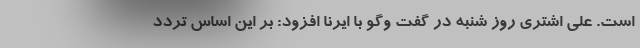
است. علی اشتری روز شنبه در گفت وگو با ایرنا افزود: بر این اساس تردد